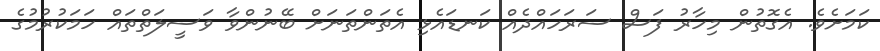
ކަމަށެވެ. އެގޮތުން މިހާރު ފަސް ސަރަހައްދެއް ކަނޑައެޅި އެތަންތަނަށް ބޭނުންވާ ވަސީލަތްތައް ހަމަކުރުމުގެ